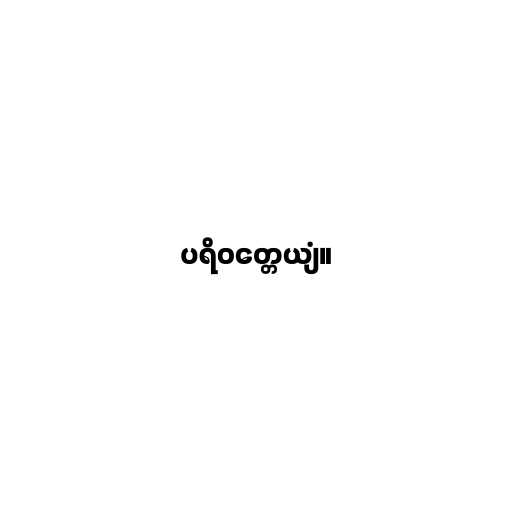
ပရိဝတ္တေယျံ။